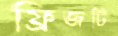
ফ্রিজটি